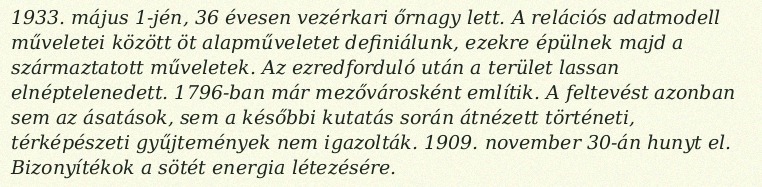
1933. május 1-jén, 36 évesen vezérkari őrnagy lett. A relációs adatmodell műveletei között öt alapműveletet definiálunk, ezekre épülnek majd a származtatott műveletek. Az ezredforduló után a terület lassan elnéptelenedett. 1796-ban már mezővárosként említik. A feltevést azonban sem az ásatások, sem a későbbi kutatás során átnézett történeti, térképészeti gyűjtemények nem igazolták. 1909. november 30-án hunyt el. Bizonyítékok a sötét energia létezésére.